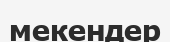
мекендер